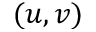
( u , v )